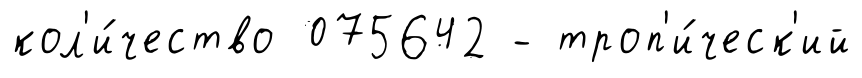
кол'и́чество 075642 - троп'и́ческ'ий